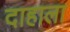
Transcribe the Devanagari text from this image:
दाहाला